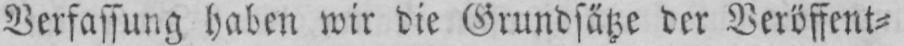
Verfassung haben wir die Grundsätze der Veröffent⸗